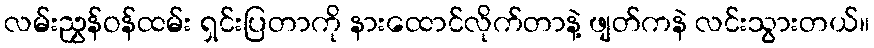
လမ်းညွှန်ဝန်ထမ်း ရှင်းပြတာကို နားထောင်လိုက်တာနဲ့ ဖျတ်ကနဲ လင်းသွားတယ်။